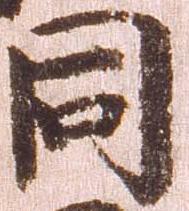
同